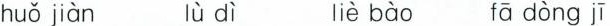
huǒ jiàn lùdì liè bào fādòngjī